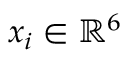
x _ { i } \in \mathbb { R } ^ { 6 }